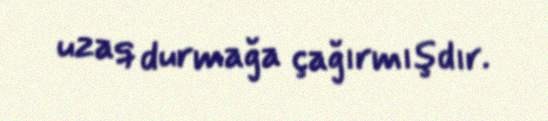
uzaq durmağa çağırmışdır.